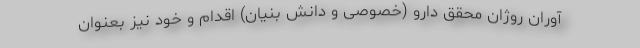
آوران روژان محقق دارو (خصوصی و دانش بنیان) اقدام و خود نیز بعنوان